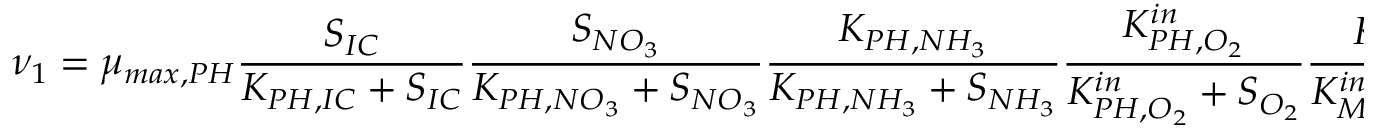
\nu _ { 1 } = \mu _ { m a x , P H } \frac { S _ { I C } } { K _ { P H , I C } + S _ { I C } } \frac { S _ { N O _ { 3 } } } { K _ { P H , N O _ { 3 } } + S _ { N O _ { 3 } } } \frac { K _ { P H , N H _ { 3 } } } { K _ { P H , N H _ { 3 } } + S _ { N H _ { 3 } } } \frac { K _ { P H , O _ { 2 } } ^ { i n } } { K _ { P H , O _ { 2 } } ^ { i n } + S _ { O _ { 2 } } } \frac { K _ { M } ^ { i n } } { K _ { M } ^ { i n } + M } \frac { I } { I _ { o p t } } \ e ^ { ( 1 - ( \frac { I } { I _ { o p t } } ) } \ f _ { P H }